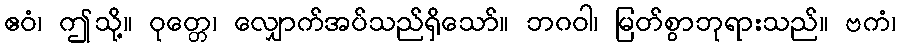
ဧဝံ၊ ဤသို့။ ဝုတ္တေ၊ လျှောက်အပ်သည်ရှိသော်။ ဘဂဝါ၊ မြတ်စွာဘုရားသည်။ ဗကံ၊